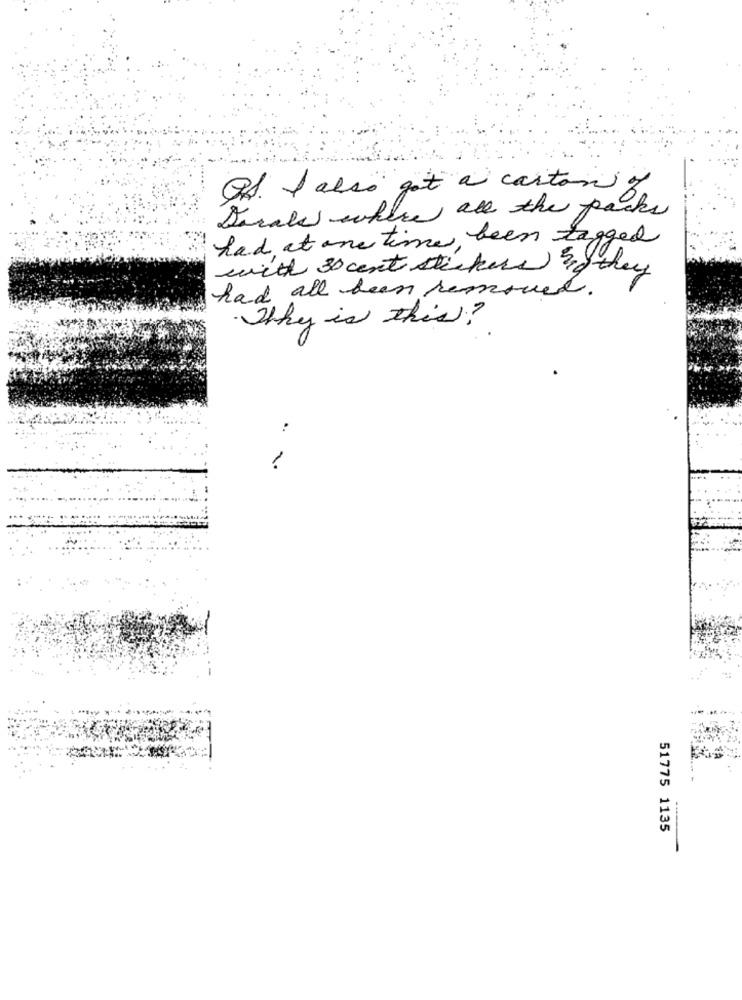
RS. I also got a carton of
Dorales where all the packs
had at one time been tagged
with 30 cent stickers if they
had all been removed.
Why is this?
..
1
51775 1135